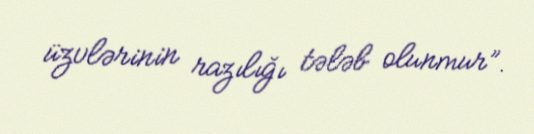
üzvlərinin razılığı tələb olunmur”.